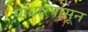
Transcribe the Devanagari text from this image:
गांधारपासून